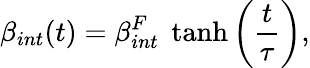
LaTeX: \beta_{int}(t)=\beta_{int}^{F}\; \operatorname{tanh}\left(\frac{t}{\tau}\right),